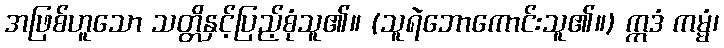
အဖြစ်ဟူသော သတ္တိနှင့်ပြည့်စုံသူ၏။ (သူရဲဘောကောင်းသူ၏။) ဣဒံ ကမ္မံ၊